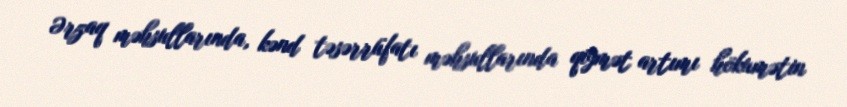
Ərzaq məhsullarında, kənd təsərrüfatı məhsullarında qiymət artımı hökumətin